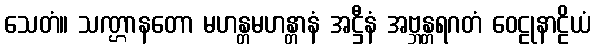
သေတံ။ သဏ္ဌာနတော မဟန္တမဟန္တာနံ အဋ္ဌီနံ အဗ္ဘန္တရဂတံ ဝေဠုနာဠိယံ